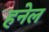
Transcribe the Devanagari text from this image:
हनेल